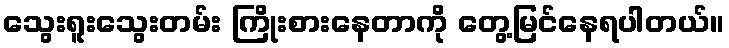
သွေးရူးသွေးတမ်း ကြိုးစားနေတာကို တွေ့မြင်နေရပါတယ်။